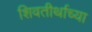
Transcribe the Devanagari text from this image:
शिवतीर्थाच्या